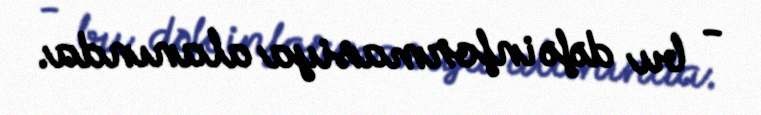
- bu dəfə informasiya alanında.